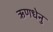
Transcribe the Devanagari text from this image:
ऋणधेनु